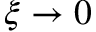
\xi \rightarrow 0